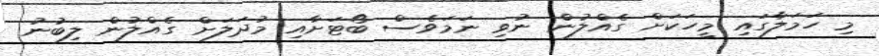
މި ހަމަލާގައި މީހަކަށް ގެއްލުން ނުވި ނަމަވެސް ބޯޓަށާއި މުދަލަށް ގެއްލުން ލިބުނު